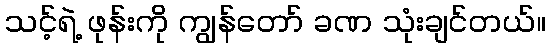
သင့်ရဲ့ ဖုန်းကို ကျွန်တော် ခဏ သုံးချင်တယ်။